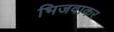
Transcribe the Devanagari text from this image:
भिजवाकर